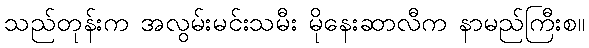
သည်တုန်းက အလွမ်းမင်းသမီး မိုနေးဆာလီက နာမည်ကြီးစ။